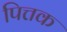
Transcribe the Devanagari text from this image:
पित्तक